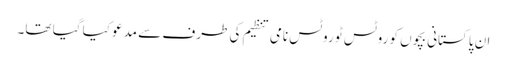
ان پاکستانی بچوں کو روٹس ٹو روٹس نامی تنظیم کی طرف سے مدعو کیا گیا تھا۔